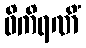
ဝိကိရဏိံ